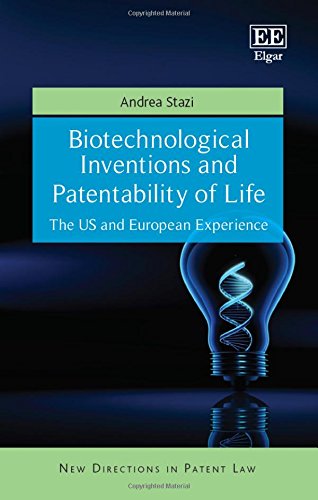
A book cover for Biotechnological Inventions and Patentability of Life: The US and European Experience (New Directions in Patent Law series); Andrea Stazi; Business & Money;